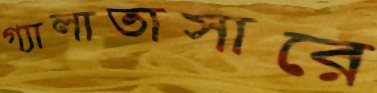
গ্যালাতাসারে